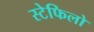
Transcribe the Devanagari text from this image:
स्टेफिलो